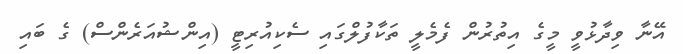
އޭނާ ވިދާޅުވީ މީގެ އިތުރުން ފެމެލީ ތަކާފުލްގައި ސެކިއުރިޓީ (އިންޝުއަރެންސް) ގެ ބައި